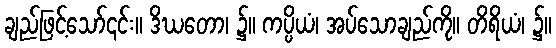
ချည်ဖြင့်သော်၎င်း။ ဒိဃတော၊ ၌။ ကပ္ပိယံ၊ အပ်သောချည်ကို။ တိရိယံ၊ ၌။